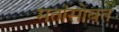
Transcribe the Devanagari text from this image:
मतांसोबत